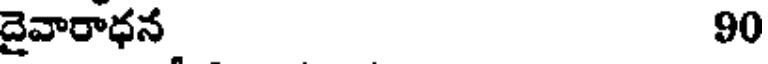
దైవారాధన 90